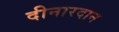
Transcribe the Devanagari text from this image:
दीनारदान